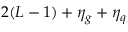
2 ( L - 1 ) + \eta _ { g } + \eta _ { q }